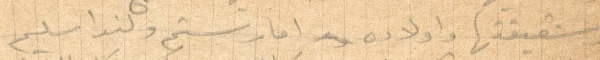
وشقيقتها وأولاده اما رستم ولندا سليم